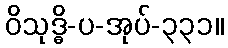
ဝိသုဒ္ဓိ-ပ-အုပ်-၃၃၁။